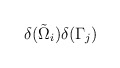
\begin{align*} \delta(\tilde{\Omega}_i )\delta(\Gamma_j )\end{align*}